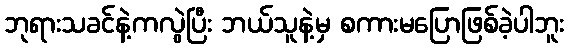
ဘုရားသခင်နဲ့ကလွဲပြီး ဘယ်သူနဲ့မှ စကားမပြောဖြစ်ခဲ့ပါဘူး